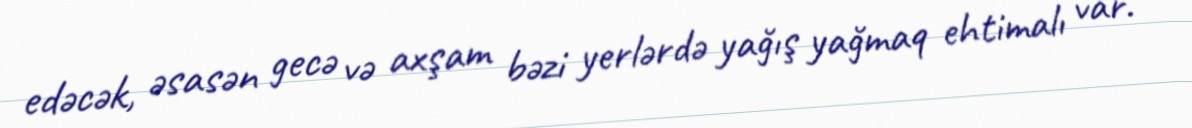
edəcək, əsasən gecə və axşam bəzi yerlərdə yağış yağmaq ehtimalı var.